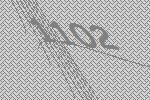
1102